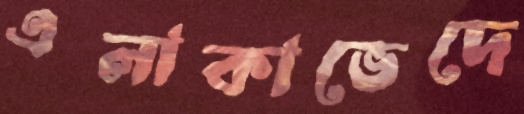
এলাকাভেদে